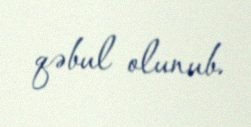
qəbul olunub.